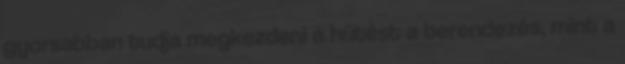
gyorsabban tudja megkezdeni a hűtést a berendezés, mint a